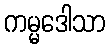
ကမ္မဒေါသာ